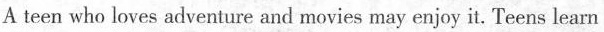
A teen who loves adventure aod movies may enjoy it. Teens learn